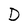
Character: D